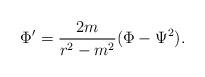
LaTeX: \begin{align*}\Phi '= {2m\over r^2-m^2} (\Phi -\Psi^2).\end{align*}